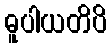
ဓူပါယတိပိ